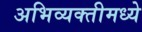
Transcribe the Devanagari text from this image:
अभिव्यक्तीमध्ये